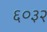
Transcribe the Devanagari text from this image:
६०३२